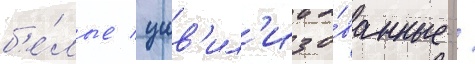
б'е́лые / цив'ил'изо́ванные /